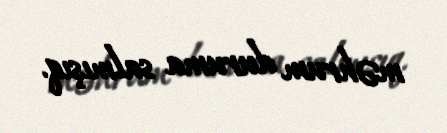
məhrum duruma salmışıq.